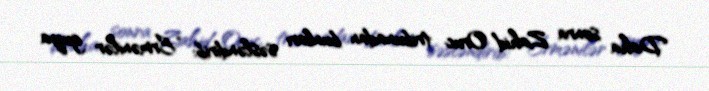
Daha sonra Zahid Oruc tribunadan bunları səsləndirib: “Ermənilər guya